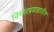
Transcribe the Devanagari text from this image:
विचारप्रवाहातील